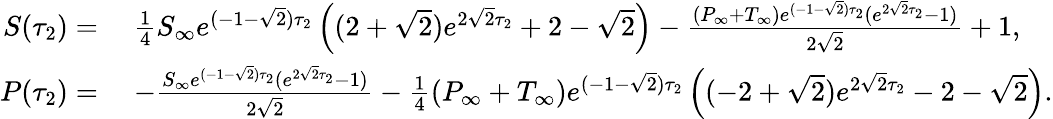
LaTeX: \begin{array}{rl}{S(\tau_{2})=}&{\; \frac{1}{4}S_{\infty}e^{(-1-\sqrt{2})\tau_{2}}\left((2+\sqrt{2})e^{2\sqrt{2}\tau_{2}}+2-\sqrt{2}\right)-\frac{(P_{\infty}+T_{\infty})e^{(-1-\sqrt{2})\tau_{2}}(e^{2\sqrt{2}\tau_{2}}-1)}{2\sqrt{2}}+1,}\\ {P(\tau_{2})=}&{\; -\frac{S_{\infty}e^{(-1-\sqrt{2})\tau_{2}}(e^{2\sqrt{2}\tau_{2}}-1)}{2\sqrt{2}}-\frac{1}{4}(P_{\infty}+T_{\infty})e^{(-1-\sqrt{2})\tau_{2}}\left((-2+\sqrt{2})e^{2\sqrt{2}\tau_{2}}-2-\sqrt{2}\right).}\end{array}